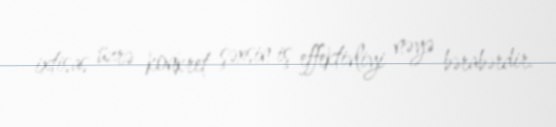
ixtisas üzrə konkret şəxsin iş effektivliyi nəyə bərabərdir.